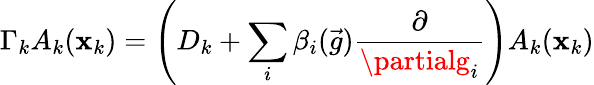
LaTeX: \Gamma_{k}A_{k}(\mathbf{x}_{k})=\left(D_{k}+\sum_{i}\beta_{i}(\vec{{g}})\frac{{\partial}}{{\partialg_{i}}}\right)A_{k}(\mathbf{x}_{k})